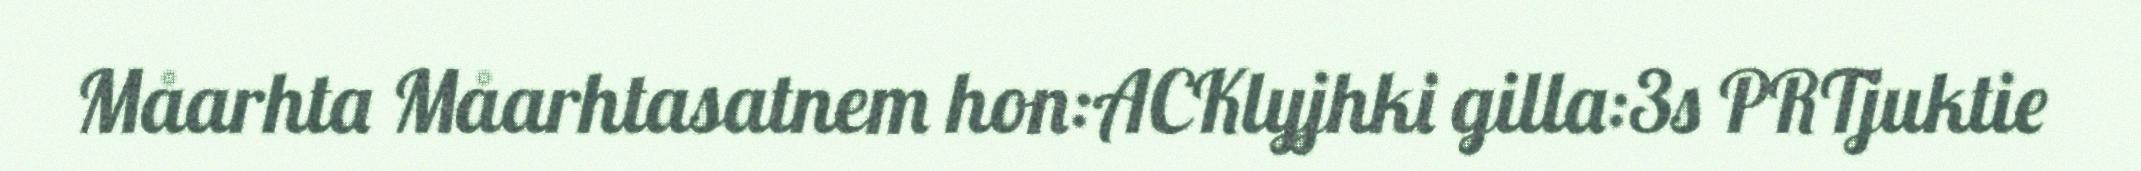
Måarhta Måarhtasatnem hon:ACKlyjhki gilla:3s PRTjuktie